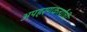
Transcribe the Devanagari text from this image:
अपहरणकर्त्यांची